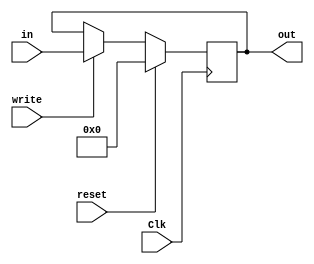
`timescale 1ns / 1ps
//////////////////////////////////////////////////////////////////////////////////
// Company: 
// Engineer: 
// 
// Design Name: 
// Module Name: Register
// Project Name: 
// Target Devices: 
// Tool Versions: 
// Description: 
// 
// Dependencies: 
// 
// Revision:
// Revision 0.01 - File Created
// Additional Comments:
// 
//////////////////////////////////////////////////////////////////////////////////


module Register#(parameter MSB = 31)(
    input Clk,
    input reset,
    input write,
    input [MSB:0] in,
    output reg [MSB:0] out
    );

    always @(posedge Clk) begin
        if (reset) out <= 0;
        else if (write) out <= in;
    end

endmodule